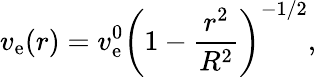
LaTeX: v_{\mathrm{e}}(r)=v_{\mathrm{e}}^{0}\left(1-\frac{r^{2}}{R^{2}}\right)^{-1/2},